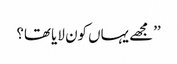
’’مجھے یہاں کون لایا تھا؟